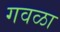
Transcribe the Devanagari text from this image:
गवळा